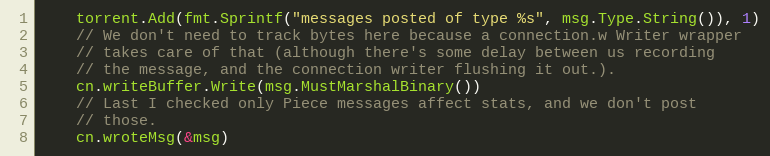
Language: Go
	torrent.Add(fmt.Sprintf("messages posted of type %s", msg.Type.String()), 1)
	// We don't need to track bytes here because a connection.w Writer wrapper
	// takes care of that (although there's some delay between us recording
	// the message, and the connection writer flushing it out.).
	cn.writeBuffer.Write(msg.MustMarshalBinary())
	// Last I checked only Piece messages affect stats, and we don't post
	// those.
	cn.wroteMsg(&msg)